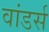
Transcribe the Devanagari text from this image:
वांडर्स